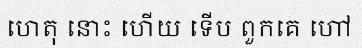
ហេតុ នោះ ហើយ ទើប ពួកគេ ហៅ